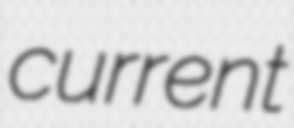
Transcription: current